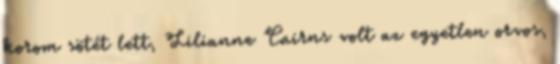
korom sötét lett, Lilianne Cairns volt az egyetlen orvos,